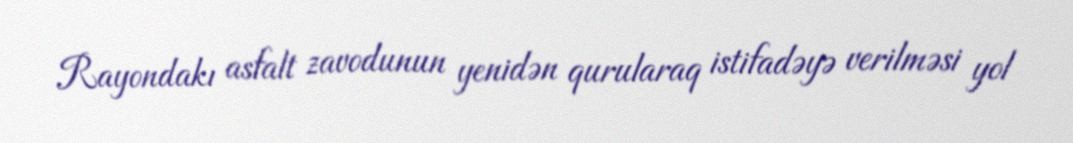
Rayondakı asfalt zavodunun yenidən qurularaq istifadəyə verilməsi yol